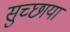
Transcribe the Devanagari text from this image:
सुच्छाया